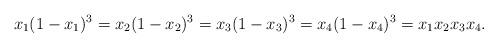
LaTeX: \begin{align*}x_1(1-x_1)^3=x_2(1-x_2)^3=x_3(1-x_3)^3=x_4(1-x_4)^3=x_1 x_2 x_3 x_4.\end{align*}